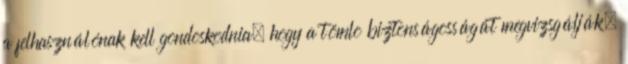
a felhasználónak kell gondoskodnia, hogy a tömlõ biztonságosságát megvizsgálják.